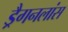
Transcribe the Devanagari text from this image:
ड्रैगनलांस